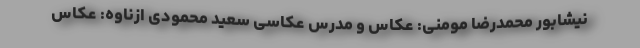
نیشابور محمدرضا مومنی: عکاس و مدرس عکاسی سعید محمودی ازناوه: عکاس